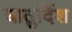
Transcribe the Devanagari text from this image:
चातुर्दिश